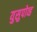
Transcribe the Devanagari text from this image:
युसुपोव्ह